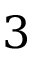
3